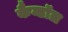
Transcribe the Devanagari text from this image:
कैन्डॉल